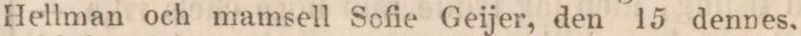
Hellman och mamsell Sofie Geijer, den 15 dennes,